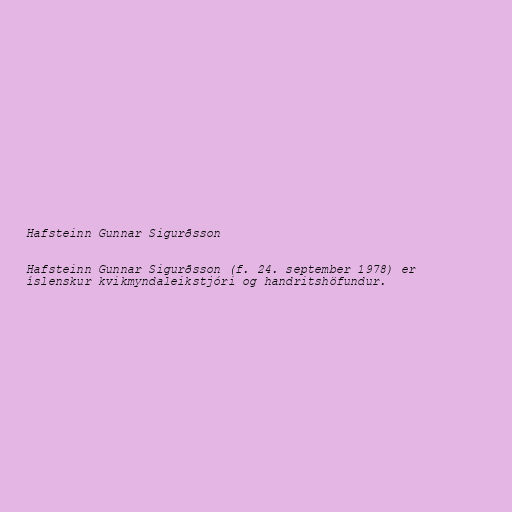
Hafsteinn Gunnar Sigurðsson

Hafsteinn Gunnar Sigurðsson (f. 24. september 1978) er
íslenskur kvikmyndaleikstjóri og handritshöfundur.